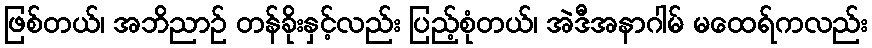
ဖြစ်တယ်၊ အဘိညာဉ် တန်ခိုးနှင့်လည်း ပြည့်စုံတယ်၊ အဲဒီအနာဂါမ် မထေရ်ကလည်း